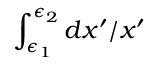
\int _ { \epsilon _ { 1 } } ^ { \epsilon _ { 2 } } d x ^ { \prime } / x ^ { \prime }